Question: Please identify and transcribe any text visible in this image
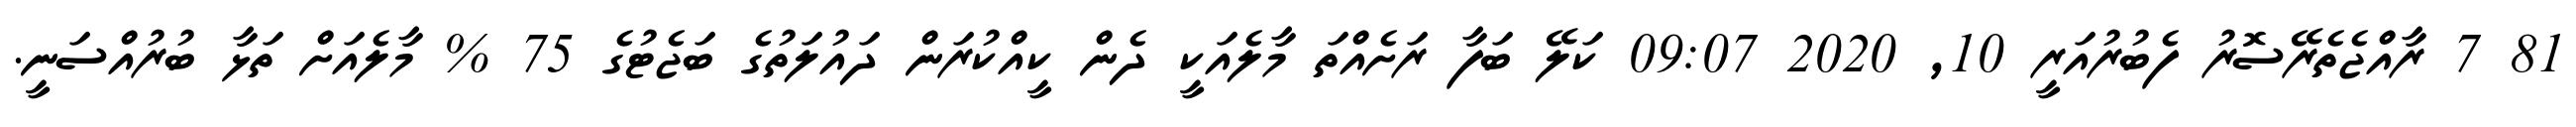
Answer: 81 7 ރާއްޖެތެރޭސޮރު ފެބުރުއަރީ 10, 2020 09:07 ކަލޭ ބަފާ ރަށެއްތަ މާލެއަކީ ދެން ކީއްކުރަން ދައުލަތުގެ ބަޖެޓުގެ 75 % މާލެއަށް ތަޅާ ބުރުއްސަނީ.